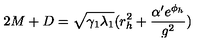
2 M + D = \sqrt { \gamma _ { 1 } \lambda _ { 1 } } ( r _ { h } ^ { 2 } + \frac { \alpha ^ { \prime } e ^ { \phi _ { h } } } { g ^ { 2 } } )